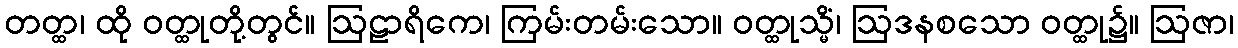
တတ္ထ၊ ထို ဝတ္ထုတို့တွင်။ ဩဠာရိကေ၊ ကြမ်းတမ်းသော။ ဝတ္ထုသ္မိံ၊ ဩဒနစသော ဝတ္ထု၌။ ဩဇာ၊